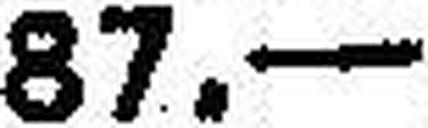
87.—